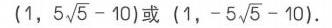
\((1,5\sqrt{5}-10)\)或\((1,-5\sqrt{5}-10)\).